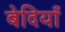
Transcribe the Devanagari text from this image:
बेदियाँ